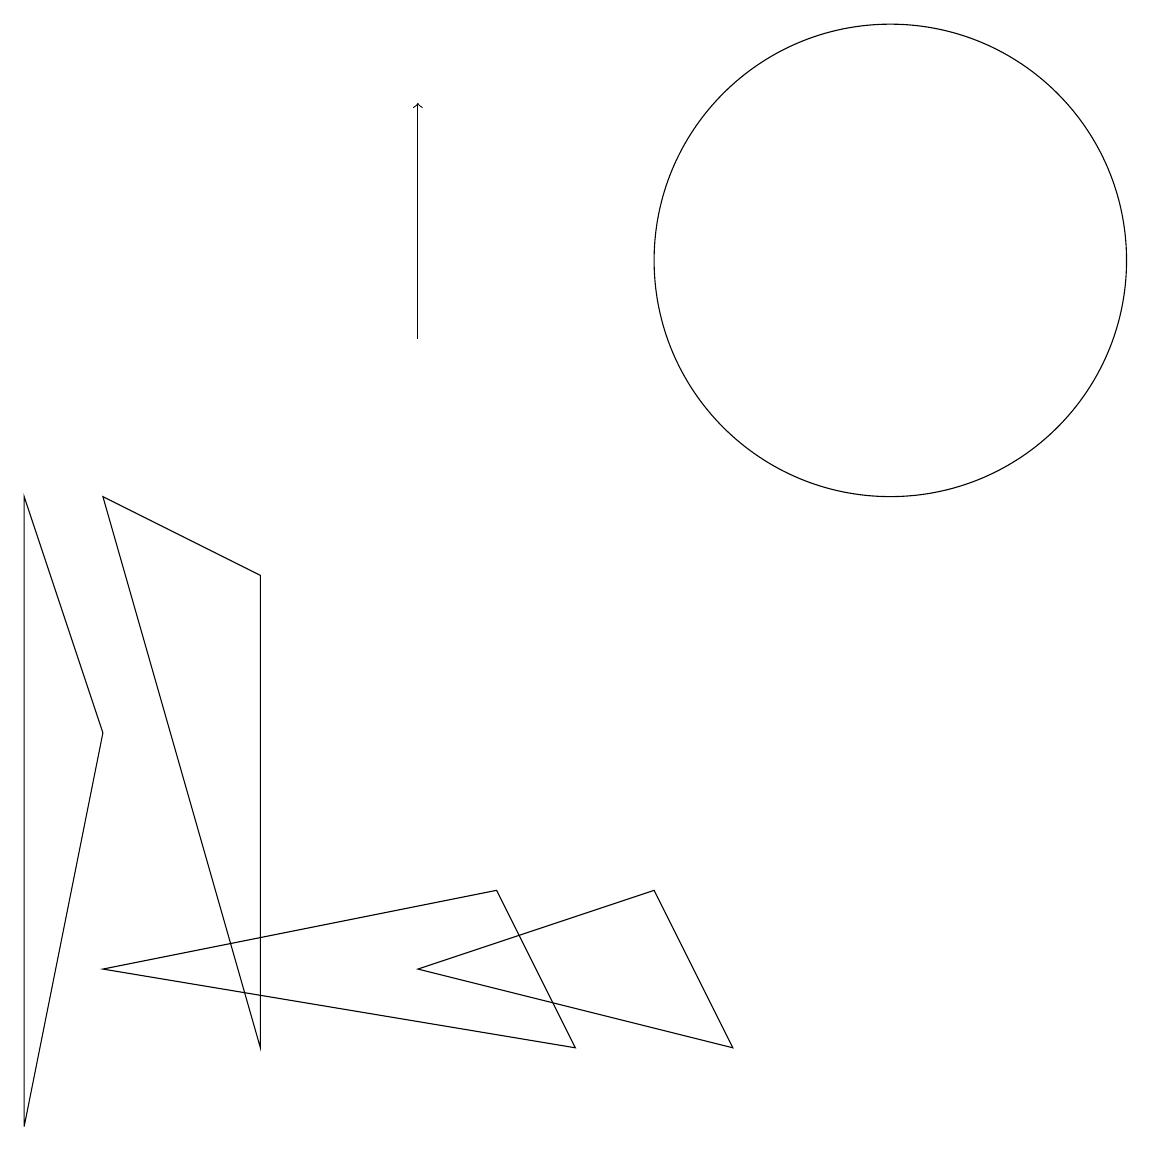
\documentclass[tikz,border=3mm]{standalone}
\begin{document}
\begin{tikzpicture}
\draw (9,1) -- (8,3) -- (5,2) -- cycle;
\draw[->] (5,10) -- (5,13);
\draw (6,3) -- (7,1) -- (1,2) -- cycle;
\draw (12,10) circle (0);
\draw (1,5) -- (0,0) -- (0,8) -- cycle;
\draw (11,11) circle (3);
\draw (1,8) -- (3,7) -- (3,1) -- cycle;
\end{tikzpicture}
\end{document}